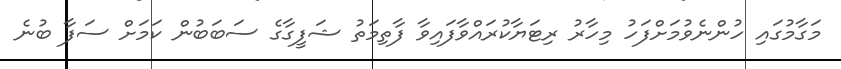
މަގާމުގައި ހުންނެވުމަށްފަހު މިހާރު ރިޓަޔާކުރައްވާފައިވާ ފާތިމަތު ޝަފީގާގެ ސަބަބުން ކަމަށް ސަފާ ބުނެ